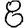
Digit: 8